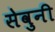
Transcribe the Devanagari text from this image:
सेवुनी